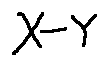
X - Y